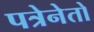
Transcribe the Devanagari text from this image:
पत्रेनेतो